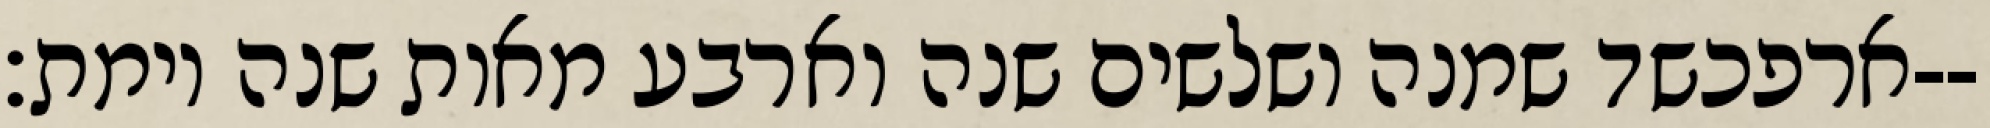
ארפכשד שמנה ושלשים שנה וארבע מאות שנה וימת׃--